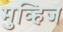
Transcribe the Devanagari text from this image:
मुव्हिज